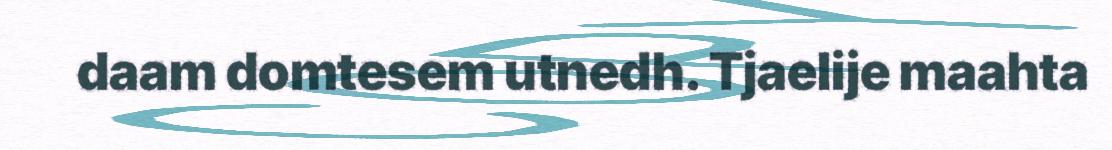
daam domtesem utnedh. Tjaelije maahta